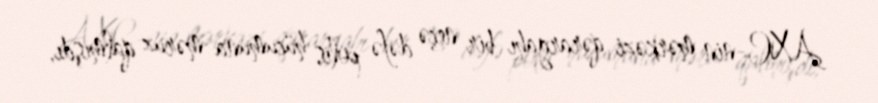
AXC-nin mərkəzi qərargahı bir neçə dəfə polis hücumuna məruz qalmışdı,